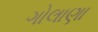
ગોલાણા